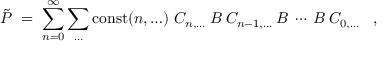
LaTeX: \tilde { P } \; = \; \sum _ { n = 0 } ^ { \infty } \sum _ { \ldots } { \mathrm { c o n s t } } ( n , \ldots ) \; C _ { n , \ldots } \: { \cal { B } } \: C _ { n - 1 , \ldots } \: { \cal { B } } \: \cdots \: { \cal { B } } \: C _ { 0 , \ldots } \; \; \; ,